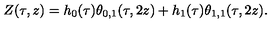
Z ( \tau , z ) = h _ { 0 } ( \tau ) \theta _ { 0 , 1 } ( \tau , 2 z ) + h _ { 1 } ( \tau ) \theta _ { 1 , 1 } ( \tau , 2 z ) .